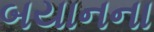
બયાનના